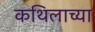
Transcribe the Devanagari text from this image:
कथिलाच्या